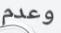
وعدم